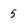
Character: 5